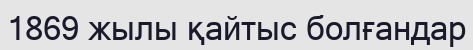
1869 жылы қайтыс болғандар